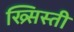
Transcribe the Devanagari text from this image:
ख्र्सिस्ती